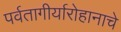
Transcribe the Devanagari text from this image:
पर्वतागीर्यारोहानाचे